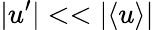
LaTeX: \vert u^{\prime}\vert<<\vert\langle{u}\rangle\vert